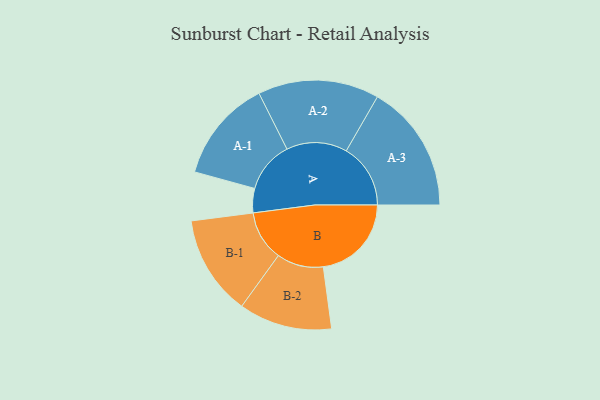
{"axis": {"x": "Segment", "y": "Value"}, "legend": ["", "A", "B"], "data": [{"x": "A", "y": 113, "type": ""}, {"x": "B", "y": 410, "type": ""}, {"x": "A-1", "y": 239, "type": "A"}, {"x": "A-2", "y": 282, "type": "A"}, {"x": "A-3", "y": 299, "type": "A"}, {"x": "B-1", "y": 233, "type": "B"}, {"x": "B-2", "y": 217, "type": "B"}]}